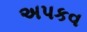
અપકવ